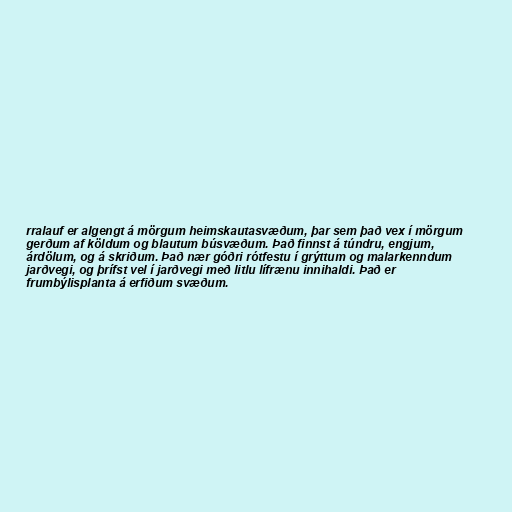
rralauf er algengt á mörgum heimskautasvæðum, þar sem það vex í mörgum
gerðum af köldum og blautum búsvæðum. Það finnst á túndru, engjum,
árdölum, og á skriðum. Það nær góðri rótfestu í grýttum og malarkenndum
jarðvegi, og þrífst vel í jarðvegi með litlu lífrænu innihaldi. Það er
frumbýlisplanta á erfiðum svæðum.